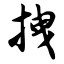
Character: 拽